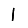
Digit: 1